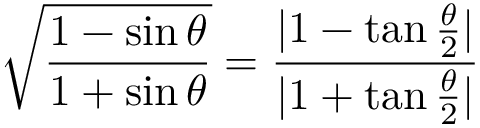
{ \sqrt { \frac { 1 - \sin \theta } { 1 + \sin \theta } } } = { \frac { | 1 - \tan { \frac { \theta } { 2 } } | } { | 1 + \tan { \frac { \theta } { 2 } } | } }